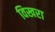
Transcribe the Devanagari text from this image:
विखरा